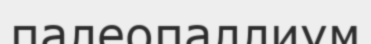
палеопаллиум